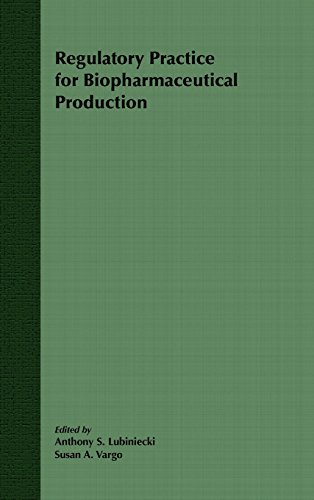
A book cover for Regulatory Practice for Biopharmaceutical Production; Medical Books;